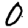
Digit: 0